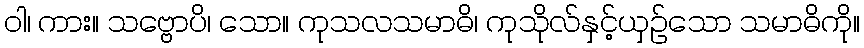
ဝါ၊ ကား။ သဗ္ဗောပိ၊ သော။ ကုသလသမာဓိ၊ ကုသိုလ်နှင့်ယှဉ်သော သမာဓိကို။